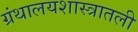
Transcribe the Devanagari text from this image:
ग्रंथालयशास्त्रातली